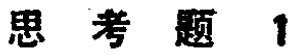
思考题1